Annual administration report of the Civil Veterinary Department of India - 1906-1907
Year: 1906
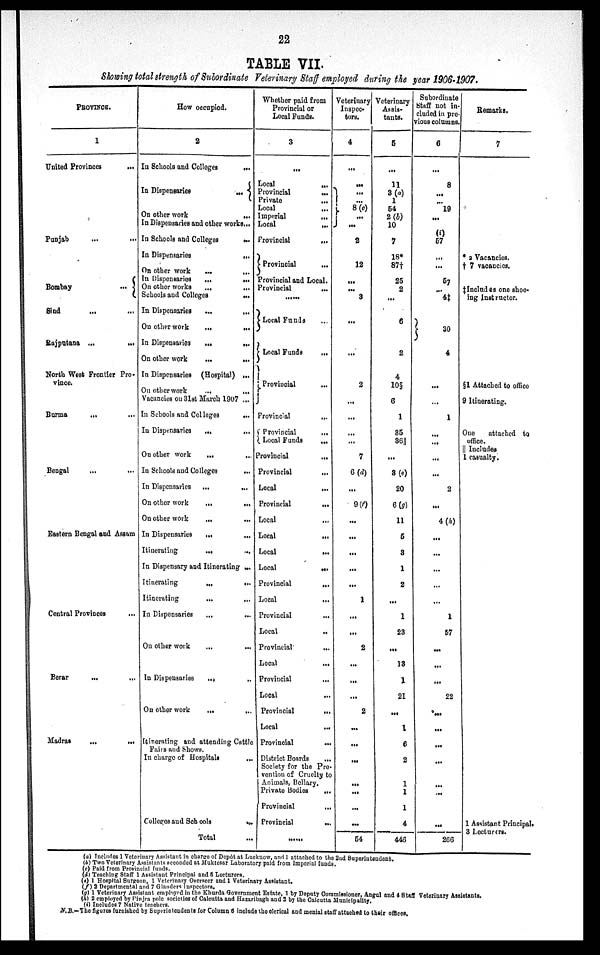
22
TABLE VII.
Showing total strength of Subordinate Veterinary Staff employed during the year 1906-1907.
PROVINCE.
1
United Provinces ...
Punjab
...
...
Bombay
...
Sind ... ...
Rajputana ...
...
North West Frontier Pro-
vince.
Burma
... ...
Bengal ... ...
Eastern Bengal and Assam
Central Provinces ...
Berar
... ...
Madras
...
...
How occupied.
2
In Schools and Colleges
...
In Dispensaries
...
{
On other work
...
In Dispensaries and other works...
In Schools and Colleges
...
In Dispensaries
...
On other work
...
...
In Dispensaries
...
...
On other works
...
...
Schools and Colleges
...
In Dispensaries
...
...
On other work
...
...
In Dispensaries
...
...
On other work
...
...
In Dispensaries (Hospital) ...
On other work
...
...
Vacancies on 31st March 1907 ...
In Schools and Colleges
...
In Dispensaries
...
...
On other work
...
...
In Schools and Colleges
...
In Dispensaries
...
...
On other work
...
...
On other work
...
In Dispensaries
...
...
Itinerating
...
...
In Dispensary and Itinerating ...
Itinerating
...
...
Itinerating
...
...
In Dispensaries
...
...
On other work ... ...
In Dispensaries
...
..
On other work
...
...
Itinerating and attending Cattle
Fairs and Shows.
In charge of Hospitals
...
Colleges and Schools
...
Total...
Whether paid from
Provincial or
Local Funds.
3
...
Local
...
Provincial
...
Private
...
Local
...
Imperial
...
Local
...
Provincial
...
{Provincial ...
Provincial and Local.
Provincial
...
....
{Local Funds ...
{Local Funds
...
{Provincial ...
Provincial
...
{Provincial
...
Local Funds
...
Provincial
...
Provincial
...
Local
...
Provincial
...
Local
...
Local
...
Local
...
Local
...
Provincial
...
Local
...
Provincial
...
Local
..
Provincial
...
Local
...
Provincial
...
Local
Provincial
...
Local
...
Provincial
...
District Boards
...
Society for the Pre-
vention of Cruelty to
Animals, Bellary.
Private Bodies
...
Provincial
...
Provincial
...
.....
Veterinary
Inspec-
tors.
4
...
...
... ...
}8 (c)
...
...
2
12
... ...
3
...
...
2
...
...
...
7
6 (d)
...
9 (f)
...
...
...
...
...
1
...
...
2
...
...
...
2
...
...
...
...
...
...
...
54
Veterinary
Assis-
tants.
5
...
11
3 (a)
1
54
2 (b)
10
7
18*
87†
25
2
...
6
2
4
10§
6
1
35
36||
...
3 (e)
20
6 (g)
11
5
3
1
2
...
1
23
...
13
1
21
...
1
6
2
1
1
1
4
446
Subordinate
Staff not in-
cluded in pre-
vious columns.
6
...
8
... ...
19
...
(i)
57
...
...
57
...
4‡
30
4
...
...
1
...
...
...
2
...
4 (h)
...
...
...
...
...
1
57
...
...
...
22
...
...
...
...
...
...
...
...
266
Remarks.
7
* 2 Vacancies.
† 7 vacancies.
‡Includes one shoe-
ing Instructor.
§1 Attached to office
9 Itinerating.
One
attached to
office.
|| Includes
1 casualty.
1 Assistant Principal.
3 Lecturers.
(a) Includes 1 Veterinary Assistant in charge of Depôt at Lucknow, and 1 attached to the 2nd Superintendent.
(b) Two Veterinary Assistants seconded at Muktesar Laboratory paid from Imperial funds.
(c) Paid from Provincial funds.
(d) Teaching Staff 1 Assistant Principal and 5 Lecturers.
(e) 1 Hospital Surgeon, 1 Veterinary Overseer and 1 Veterinary Assistant.
(f) 2 Departmental and 7 Glanders Inspectors.
(g) 1 Veterinary Assistant employed in the Khurda Government Estate, 1 by Deputy Commissioner, Angul and 4 Staff Veterinary Assistants.
(h) 2 employed by Pinjra pole societies of Calcutta and Hazaribagh and 2 by the Calcutta Municipality.
(i) Includes 7 Native teachers.
N.B.—The figures furnished by Superintendents for Column 6 include the clerical and menial staff attached to their offices.